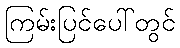
ကြမ်းပြင်ပေါ်တွင်